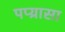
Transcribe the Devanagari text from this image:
पप्य्रासा